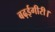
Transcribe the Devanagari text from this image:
बढ़ईगीरी।